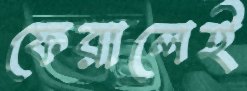
ফেরালেই